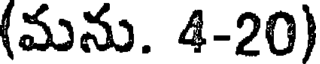
(మను. 4-20)